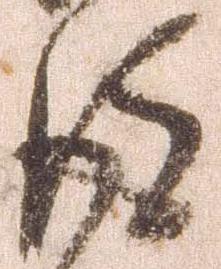
後